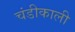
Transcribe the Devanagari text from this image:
चंडीकाली